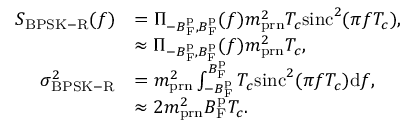
\begin{array} { r l } { S _ { \mathrm { B P S K - R } } ( f ) } & { = \Pi _ { - B _ { \mathrm { F } } ^ { \mathrm { p } } , B _ { \mathrm { F } } ^ { \mathrm { p } } } ( f ) m _ { \mathrm { p r n } } ^ { 2 } T _ { c } \mathrm { s i n c } ^ { 2 } ( \pi f T _ { c } ) , } \\ & { \approx \Pi _ { - B _ { \mathrm { F } } ^ { \mathrm { p } } , B _ { \mathrm { F } } ^ { \mathrm { p } } } ( f ) m _ { \mathrm { p r n } } ^ { 2 } T _ { c } , } \\ { \sigma _ { \mathrm { B P S K - R } } ^ { 2 } } & { = m _ { \mathrm { p r n } } ^ { 2 } \int _ { - B _ { \mathrm { F } } ^ { \mathrm { p } } } ^ { B _ { \mathrm { F } } ^ { \mathrm { p } } } T _ { c } \mathrm { s i n c } ^ { 2 } ( \pi f T _ { c } ) \mathrm { d } f , } \\ & { \approx 2 m _ { \mathrm { p r n } } ^ { 2 } B _ { \mathrm { F } } ^ { \mathrm { p } } T _ { c } . } \end{array}